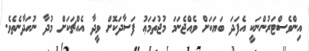
އިންވެސްޓަރުންނަކީ އެފަދަ ބަޔަކަށް ވެއްޖެނަމަ މުޖުތަމަޢު ފަސާދަކޮށް ވީދާ އެއްޗަކަށް މުދާ ނުހަދާނެތެވެ.